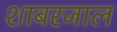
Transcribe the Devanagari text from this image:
शाबरजाल